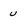
Character: u